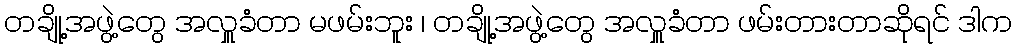
တချို့အဖွဲ့တွေ အလှူခံတာ မဖမ်းဘူး ၊ တချို့အဖွဲ့တွေ အလှူခံတာ ဖမ်းတားတာဆိုရင် ဒါက